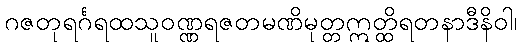
ဂဇတုရင်္ဂရထသူဝဏ္ဏရဇတမဏိမုတ္တဣတ္ထိရတနာဒီနိဝါ၊